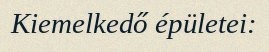
Kiemelkedő épületei: